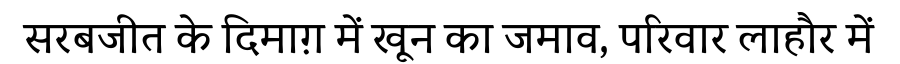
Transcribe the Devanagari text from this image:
सरबजीत के दिमाग़ में खून का जमाव, परिवार लाहौर में